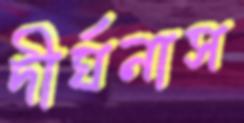
দীর্ঘনাস